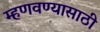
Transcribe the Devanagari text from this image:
म्हणवण्यासाठी